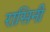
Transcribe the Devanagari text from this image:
रासिनी